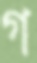
গ